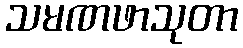
သမဏဖာသုတာ